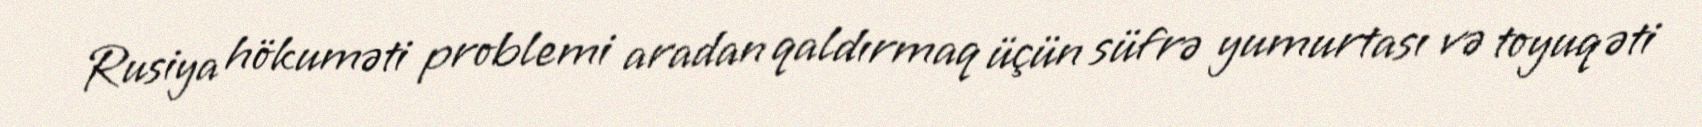
Rusiya hökuməti problemi aradan qaldırmaq üçün süfrə yumurtası və toyuq əti